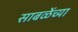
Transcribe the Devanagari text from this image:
साबळेंच्या